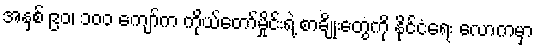
အနှစ် ၉၀၊ ၁၀၀ ကျော်က ကိုယ်တော်မှိုင်းရဲ့ စာချိုးတွေကို နိုင်ငံရေး လောကမှာ